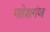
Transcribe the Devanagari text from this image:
महेशगंज